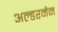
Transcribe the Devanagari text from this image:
अल्डरमैन